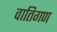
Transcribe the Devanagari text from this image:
वातिगण